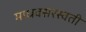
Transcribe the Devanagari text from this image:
माधवसरस्वती